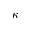
\boldsymbol \kappa